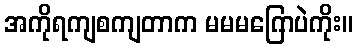
အကိုရကျစကျတာက မမမဂြောပဲကိုး။